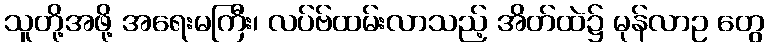
သူတို့အဖို့ အရေးမကြီး၊ လပ်ဗ်ထမ်းလာသည့် အိတ်ထဲ၌ မုန်လာဥ တွေ